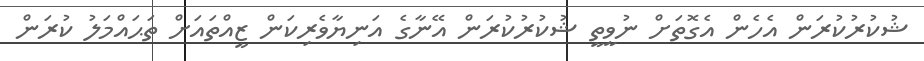
ޝުކުރުކުރަން އެހެން އެގޮތަށް ނުވީތީ ޝުކުރުކުރަން އޭނާގެ އަނިޔާވެރިކަން ޒީއްތައަށް ތަޙައްމަލު ކުރަން